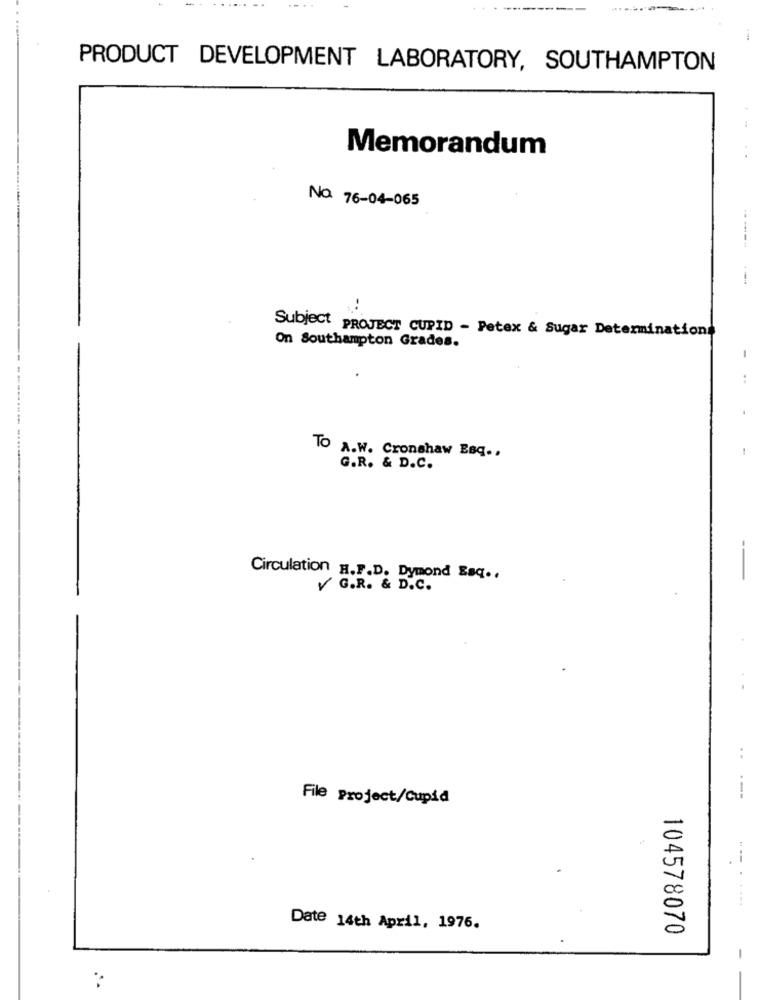
PRODUCT DEVELOPMENT LABORATORY, SOUTHAMPTON
Memorandum
No. 76-04-065
Subject PROJECT CUPID - Petex & Sugar Determinations
On Southampton Grades.
TO A.W. Cronshaw Esq ..
G.R. & D.C.
--
Circulation H.F.D. Dymond Saq .,
V G.R. & D.C.
---
File Project/Cupid
Date 14th April, 1976.
104578070